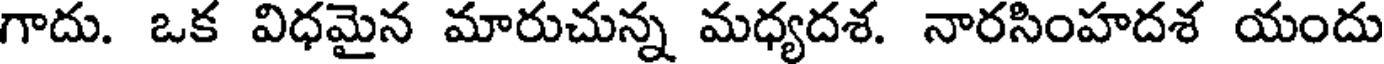
గాదు. ఒక విధమైన మారుచున్న మధ్యదశ. నారసింహదశ యందు